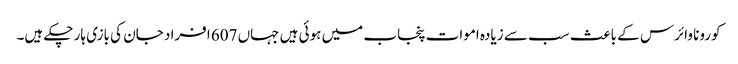
کورونا وائرس کے باعث سب سے زیادہ اموات پنجاب میں ہوئی ہیں جہاں 607 افراد جان کی بازی ہار چکے ہیں۔